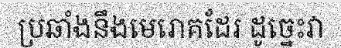
ប្រឆាំងនឹងមេរោគដែរ ដូច្នេះវា